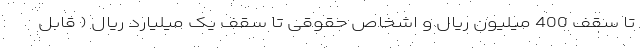
تا سقف 400 میلیون ریال و اشخاص حقوقی تا سقف یک میلیارد ریال ( قابل